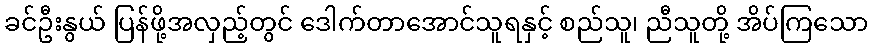
ခင်ဦးနွယ် ပြန်ဖို့အလှည့်တွင် ဒေါက်တာအောင်သူရနှင့် စည်သူ၊ ညီသူတို့ အိပ်ကြသော